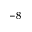
^ { - 8 }